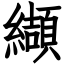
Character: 纈